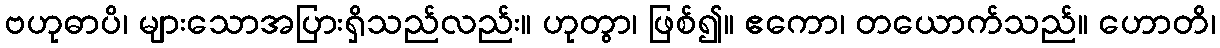
ဗဟုဓာပိ၊ များသောအပြားရှိသည်လည်း။ ဟုတွာ၊ ဖြစ်၍။ ဧကော၊ တယောက်သည်။ ဟောတိ၊